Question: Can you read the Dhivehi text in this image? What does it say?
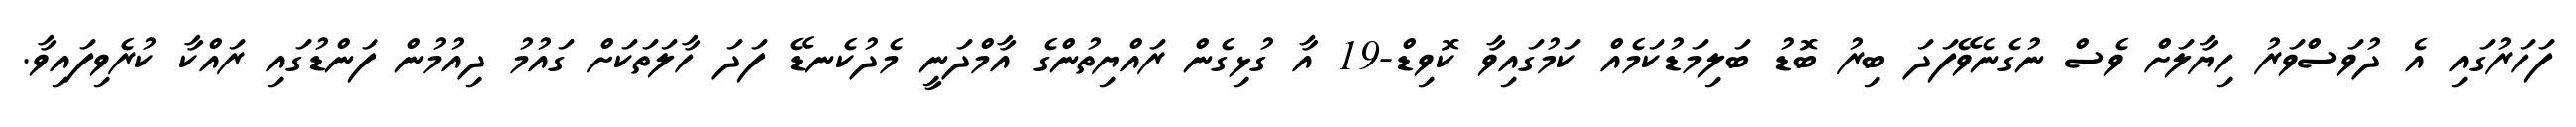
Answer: ފަހަރުގައި އެ ދުވަސްވަރު ހިޔާލަށް ވެސް ނުގެނެވޭފަދަ ބިރު ބޮޑު ބަލިމަޑުކަމެއް ކަމުގައިވާ ކޮވިޑް-19 އާ ގުޅިގެން ރައްޔިތުންގެ އާމްދަނީ މެދުކެނޑޭ ފަދަ ހާލަތަކަށް ގައުމު ދިއުމުން ފަންޑުގައި ރައްކާ ކުރެވިފައިވާ.